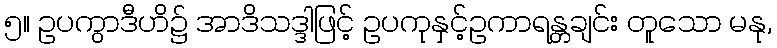
၅။ ဥပကွာဒီဟိ၌ အာဒိသဒ္ဒါဖြင့် ဥပကုနှင့်ဥကာရန္တချင်း တူသော မနု,